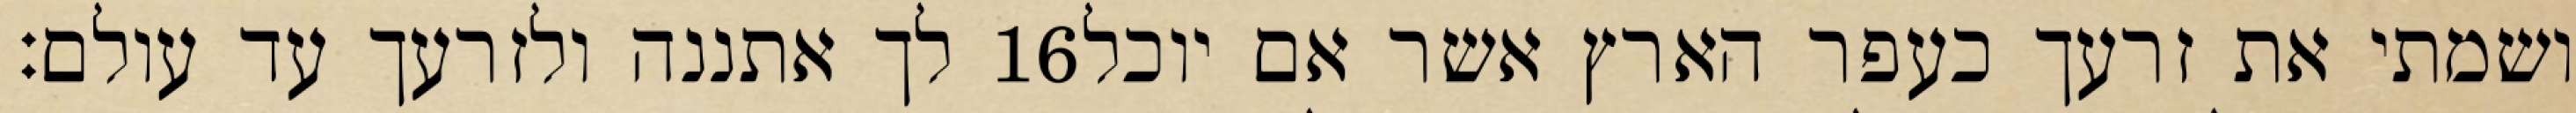
לך אתננה ולזרעך עד עולם׃ ‎16‏ ושמתי את זרעך כעפר הארץ אשר אם יוכל